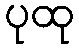
ပုထု